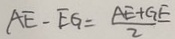
A E - E G = \frac { A E + G E } { 2 }